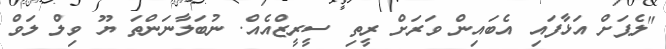
"ލެޕަށް އަޅާފައި އެބައިން ވަރަށް ރީތި ސީރީޒްއެއް. ނުބަލާނަންތަ ޔޫ ވިލް ލަވް